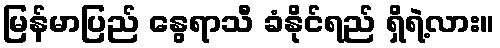
မြန်မာပြည် နွေရာသီ ခံနိုင်ရည် ရှိရဲ့လား။